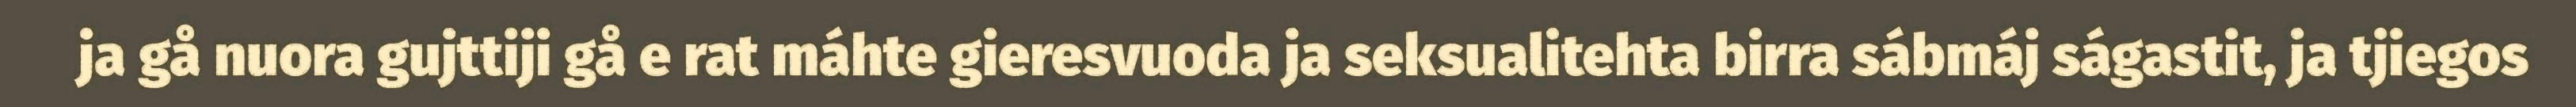
ja gå nuora gujttiji gå e rat máhte gieresvuoda ja seksualitehta birra sábmáj ságastit, ja tjiegos